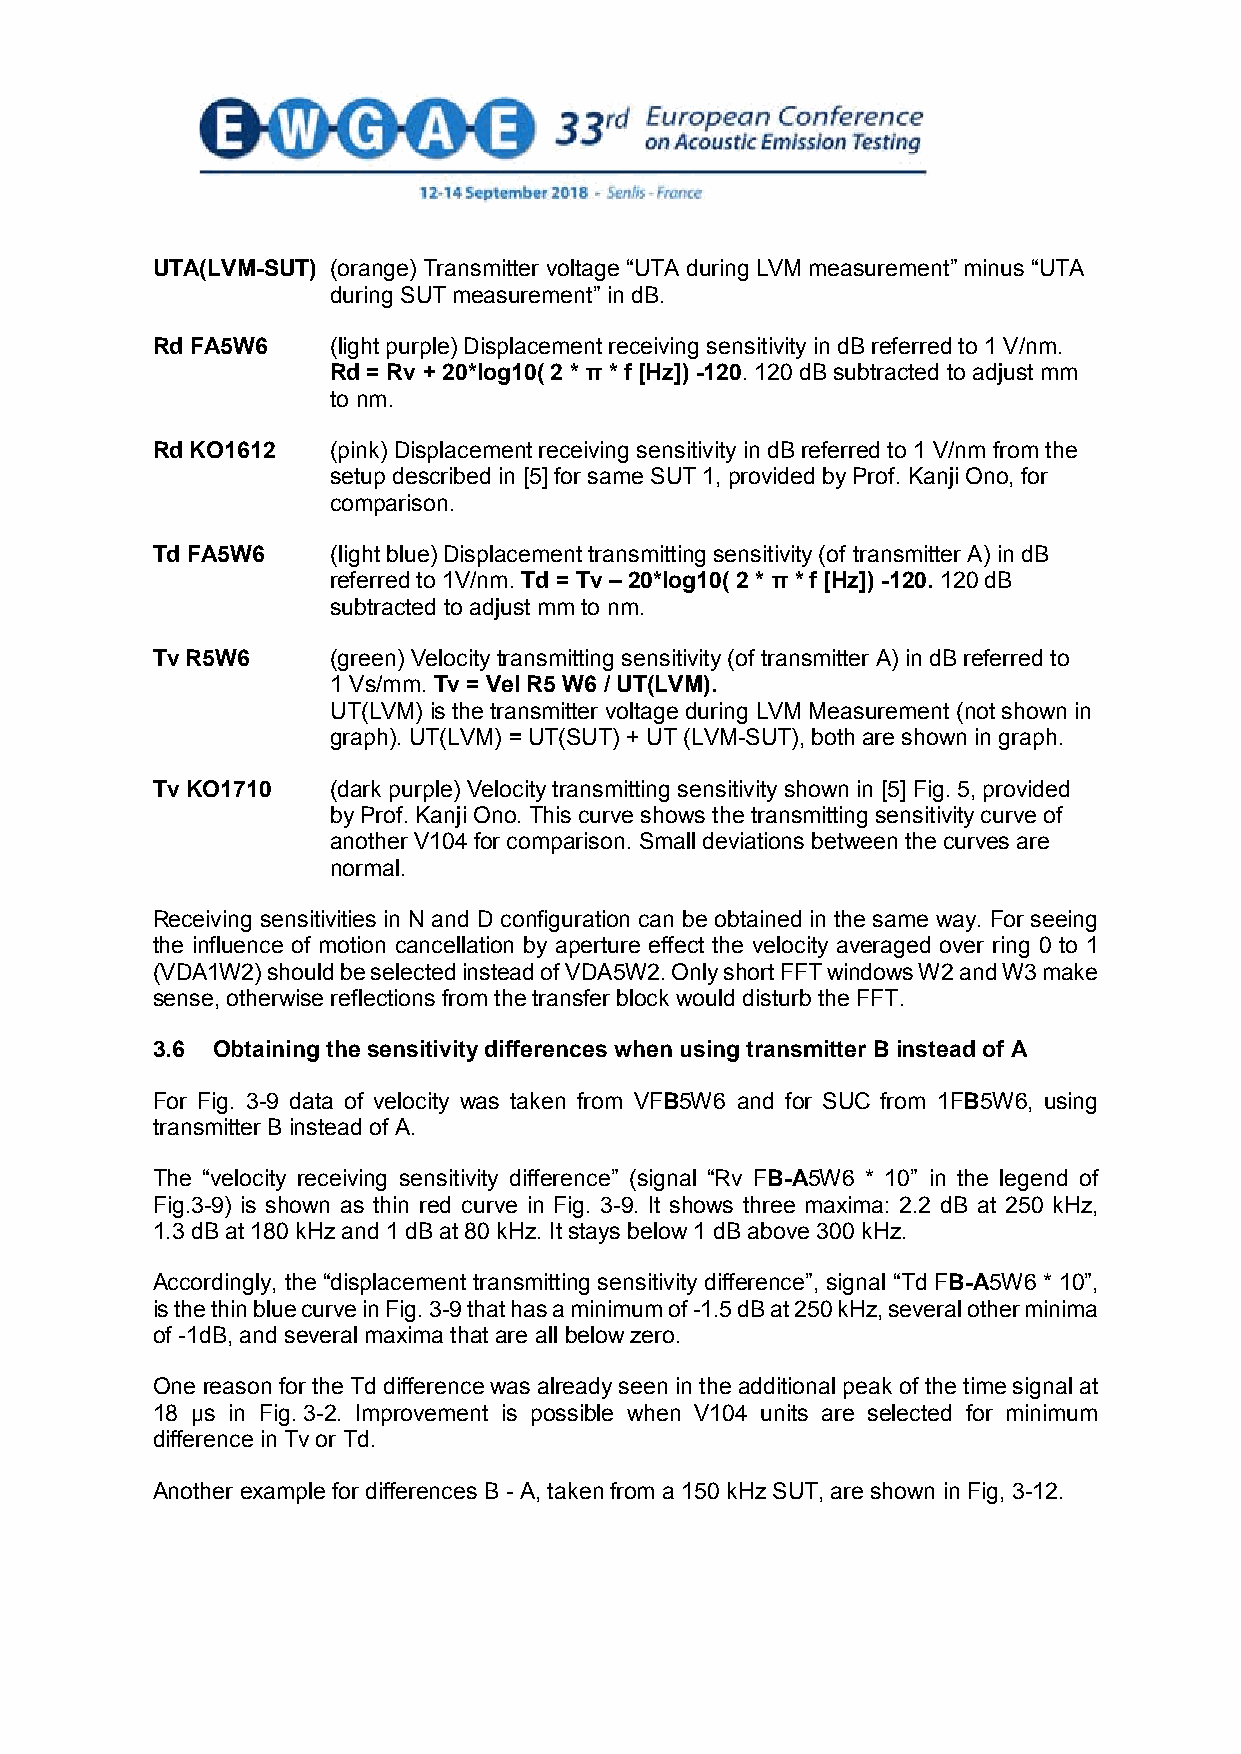
UTA(LVM-SUT) (orange) Transmitter voltage “UTA during LVM measurement” minus “UTA
 during SUT measurement” in dB.
 Rd FA5W6    (light purple) Displacement receiving sensitivity in dB referred to 1 V/nm.
 Rd = Rv + 20*log10( 2 * π * f [Hz]) -120. 120 dB subtracted to adjust mm
 to nm.
 Rd KO1612   (pink) Displacement receiving sensitivity in dB referred to 1 V/nm from the
 setup described in [5] for same SUT 1, provided by Prof. Kanji Ono, for
 comparison.
 Td FA5W6    (light blue) Displacement transmitting sensitivity (of transmitter A) in dB
 referred to 1V/nm. Td = Tv – 20*log10( 2 * π * f [Hz]) -120. 120 dB
 subtracted to adjust mm to nm.
 Tv R5W6     (green) Velocity transmitting sensitivity (of transmitter A) in dB referred to
 1 Vs/mm. Tv = Vel R5 W6 / UT(LVM).
 UT(LVM) is the transmitter voltage during LVM Measurement (not shown in
 graph). UT(LVM) = UT(SUT) + UT (LVM-SUT), both are shown in graph.
 Tv KO1710   (dark purple) Velocity transmitting sensitivity shown in [5] Fig. 5, provided
 by Prof. Kanji Ono. This curve shows the transmitting sensitivity curve of
 another V104 for comparison. Small deviations between the curves are
 normal.
 Receiving sensitivities in N and D configuration can be obtained in the same way. For seeing
 the influence of motion cancellation by aperture effect the velocity averaged over ring 0 to 1
 (VDA1W2) should be selected instead of VDA5W2. Only short FFT windows W2 and W3 make
 sense, otherwise reflections from the transfer block would disturb the FFT.
 3.6 Obtaining the sensitivity differences when using transmitter B instead of A
 For Fig. 3-9 data of velocity was taken from VFB5W6 and for SUC from 1FB5W6, using
 transmitter B instead of A.
 The “velocity receiving sensitivity difference” (signal “Rv FB-A5W6 * 10” in the legend of
 Fig.3-9) is shown as thin red curve in Fig. 3-9. It shows three maxima: 2.2 dB at 250 kHz,
 1.3 dB at 180 kHz and 1 dB at 80 kHz. It stays below 1 dB above 300 kHz.
 Accordingly, the “displacement transmitting sensitivity difference”, signal “Td FB-A5W6 * 10”,
 is the thin blue curve in Fig. 3-9 that has a minimum of -1.5 dB at 250 kHz, several other minima
 of -1dB, and several maxima that are all below zero.
 One reason for the Td difference was already seen in the additional peak of the time signal at
 18 µs in Fig. 3-2. Improvement is possible when V104 units are selected for minimum
 difference in Tv or Td.
 Another example for differences B - A, taken from a 150 kHz SUT, are shown in Fig, 3-12.
 12